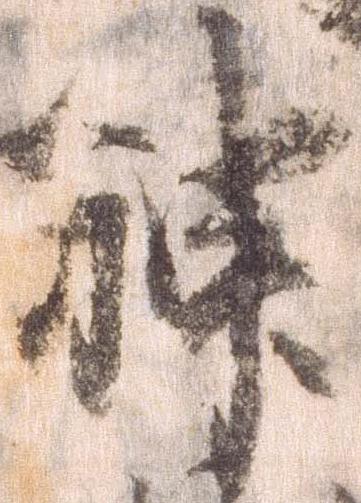
神